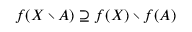
f ( X \setminus A ) \supseteq f ( X ) \setminus f ( A )